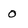
Character: O